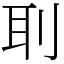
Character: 刵